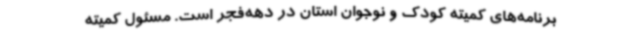
برنامه‌های کمیته کودک و نوجوان استان در دهه‌فجر است. مسئول کمیته